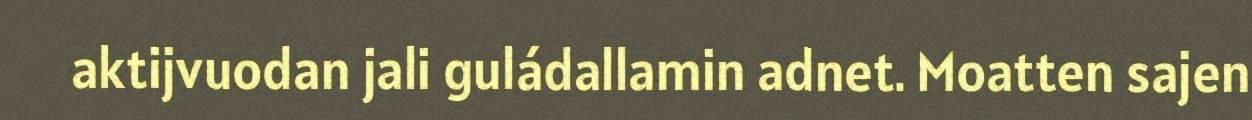
aktijvuodan jali guládallamin adnet. Moatten sajen